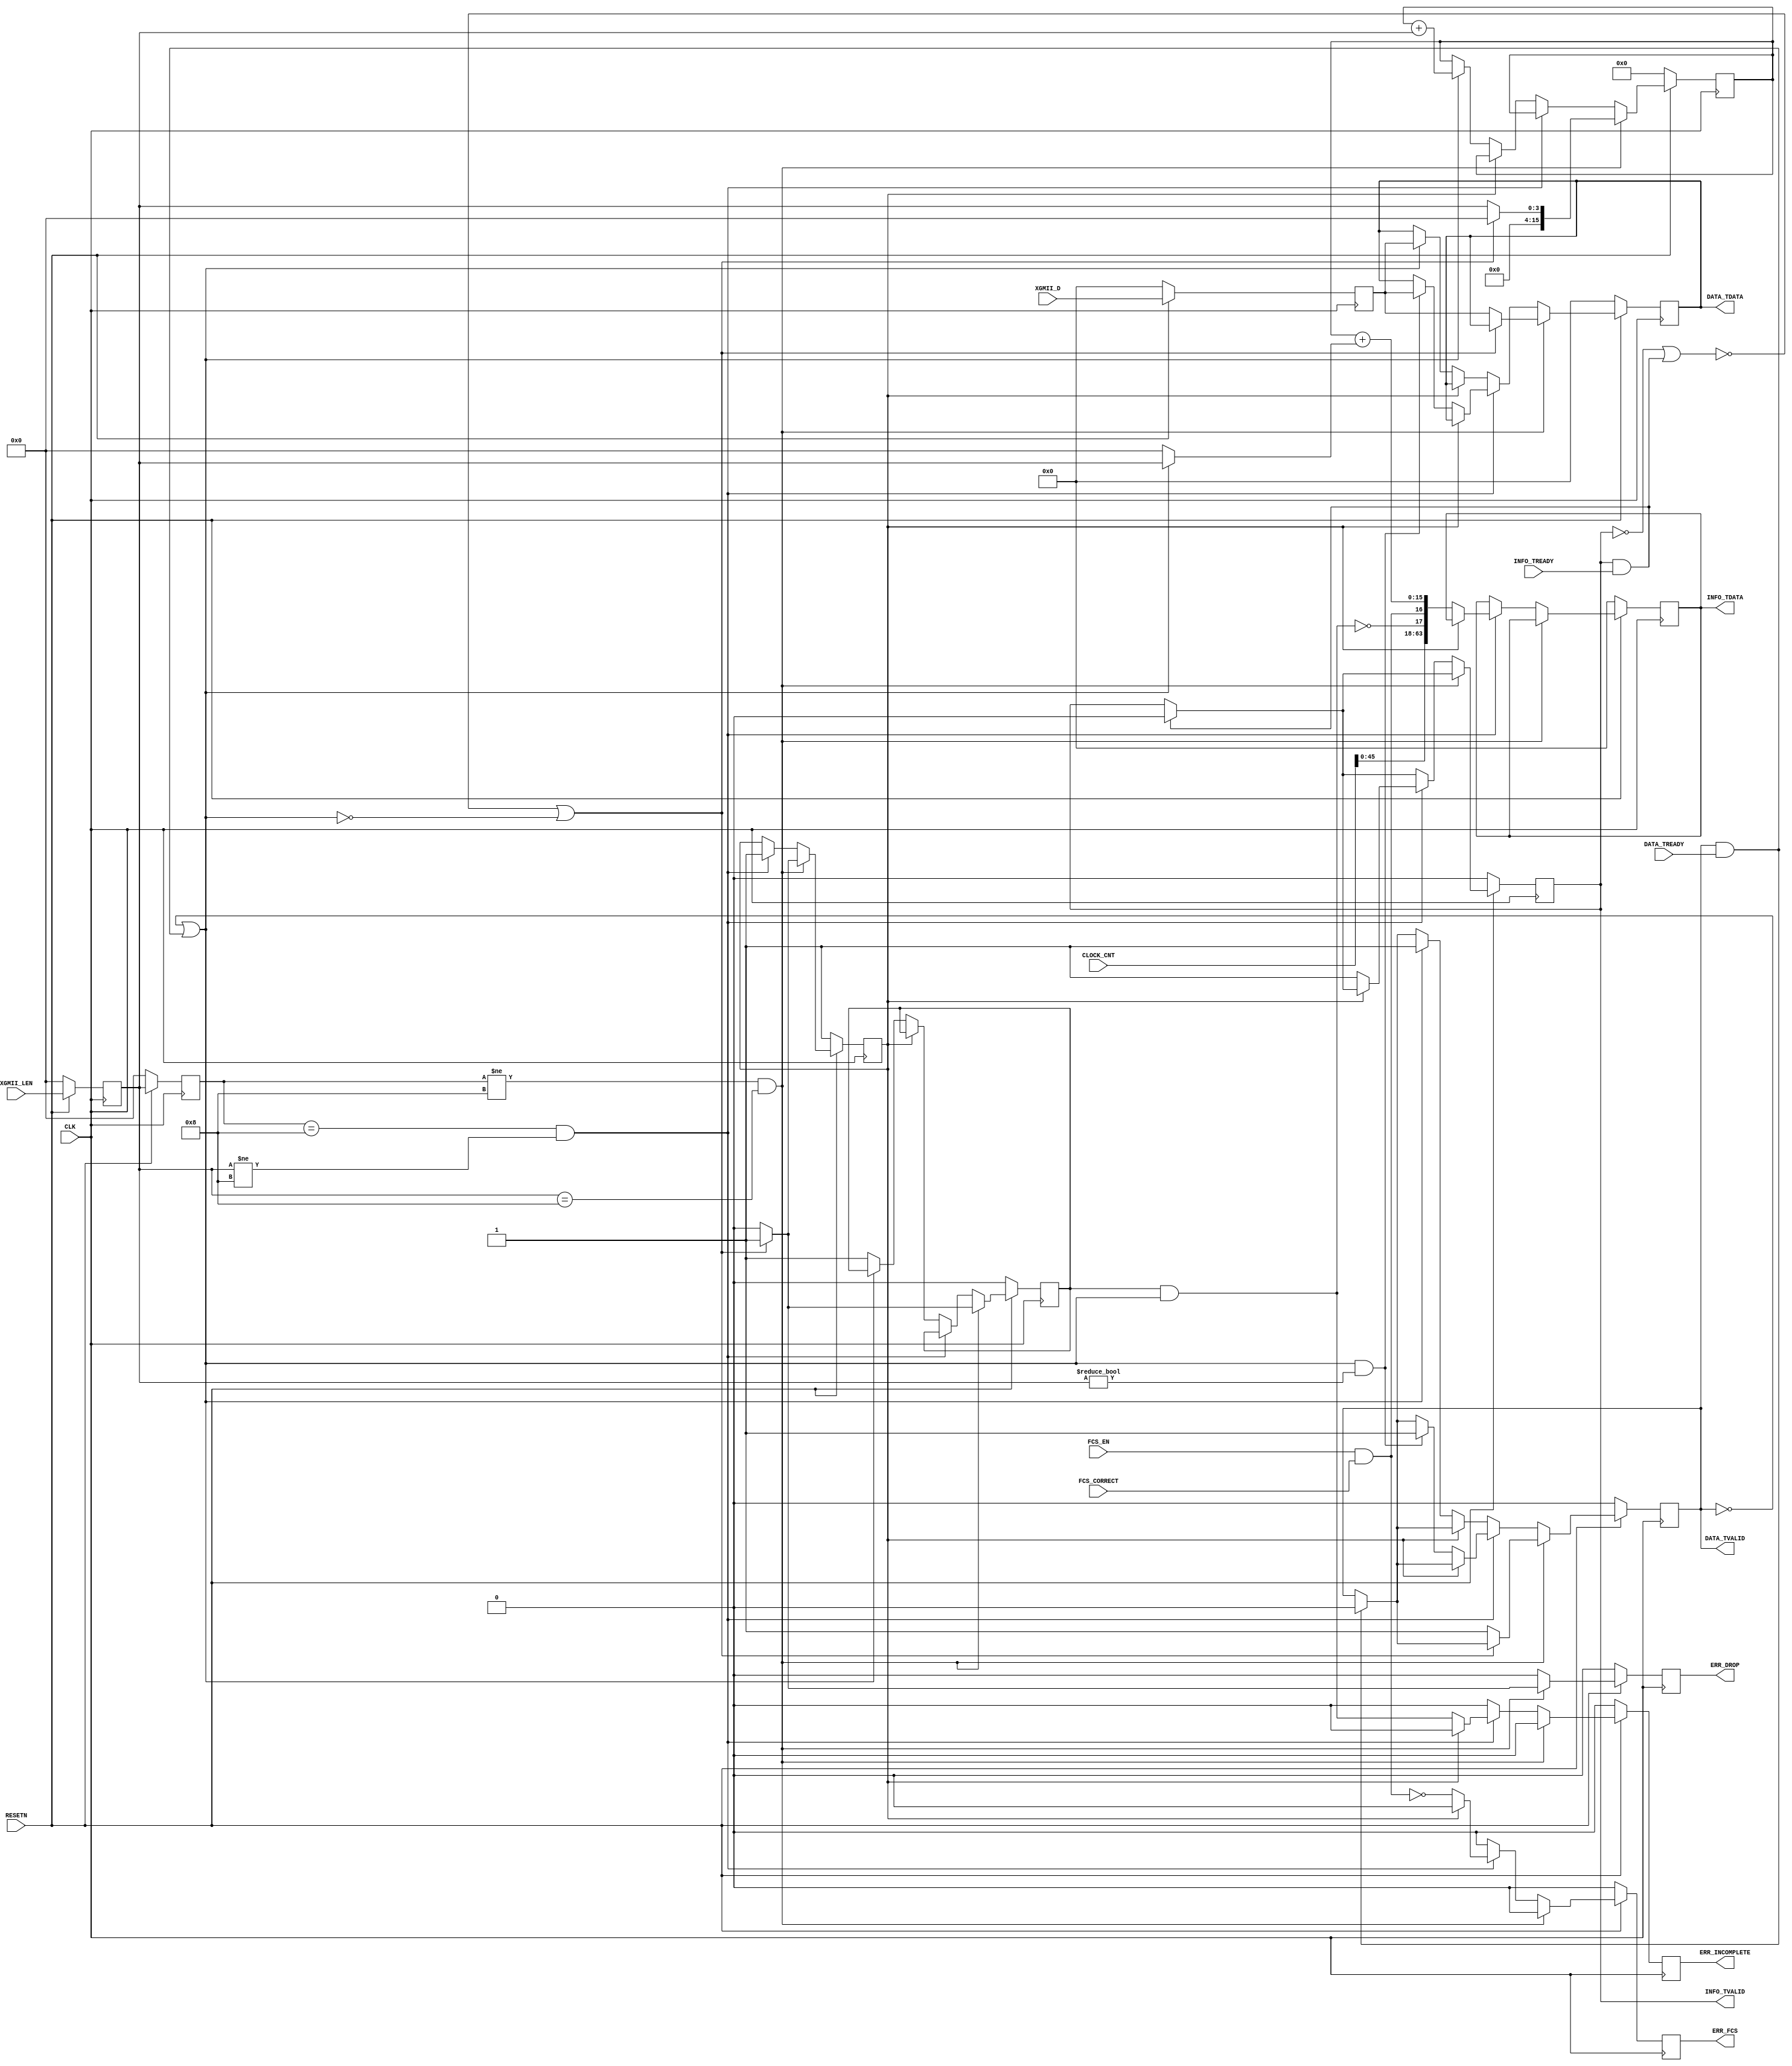

// Copyright (C) Akira Higuchi  ( https://github.com/ahiguti )
// Copyright (C) DeNA Co.,Ltd. ( https://dena.com )
// All rights reserved.
// See COPYRIGHT.txt for details

module get_packet_info(
  CLK, RESETN, XGMII_D, XGMII_LEN, FCS_EN, FCS_CORRECT, CLOCK_CNT,
  DATA_TDATA, DATA_TVALID, DATA_TREADY, INFO_TDATA, INFO_TVALID, INFO_TREADY,
  ERR_DROP, ERR_INCOMPLETE, ERR_FCS);
input CLK;
input RESETN;
(* mark_debug = "true" *) input [63:0] XGMII_D;
(* mark_debug = "true" *) input [3:0] XGMII_LEN;
(* mark_debug = "true" *) input FCS_EN;
(* mark_debug = "true" *) input FCS_CORRECT;
(* mark_debug = "true" *) input [63:0] CLOCK_CNT;
(* mark_debug = "true" *) output [63:0] DATA_TDATA;
(* mark_debug = "true" *) output DATA_TVALID;
(* mark_debug = "true" *) input DATA_TREADY;
(* mark_debug = "true" *) output [63:0] INFO_TDATA;
(* mark_debug = "true" *) output INFO_TVALID;
(* mark_debug = "true" *) input INFO_TREADY;
(* mark_debug = "true" *) output ERR_DROP;
(* mark_debug = "true" *) output ERR_INCOMPLETE;
(* mark_debug = "true" *) output ERR_FCS;

reg [63:0] xgmii_d_r;
reg [3:0] xgmii_len_r;
reg [3:0] xgmii_len_rr;
reg packet_drop;       // INFO
reg [15:0] packet_len; // DATA
reg packet_incomplete; // DATA
reg data_tvalid;
reg [63:0] data_tdata;
reg info_tvalid;
reg [63:0] info_tdata;
reg err_drop;
reg err_incomplete;
reg err_fcs;

wire is_packet_head = xgmii_len_rr != 8 && xgmii_len_r == 8;
wire is_packet_tail = xgmii_len_rr == 8 && xgmii_len_r != 8;
wire fcs_correct = FCS_EN && FCS_CORRECT;
wire data_out_ready = (!data_tvalid) || (DATA_TVALID && DATA_TREADY);
wire info_out_ready = (!info_tvalid) || (INFO_TVALID && INFO_TREADY);
wire [15:0] packet_len_next = packet_len + (data_out_ready ? xgmii_len_r : 0);
wire packet_incomplete_next = packet_incomplete && data_out_ready;

assign DATA_TDATA = data_tdata;
assign DATA_TVALID = data_tvalid;
assign INFO_TDATA = { CLOCK_CNT[39:0], 6'b0, info_tdata };
assign INFO_TVALID = info_tvalid;
assign ERR_DROP = err_drop;
assign ERR_INCOMPLETE = err_incomplete;
assign ERR_FCS = err_fcs;

always @(posedge CLK) begin
  err_drop <= 0;
  err_incomplete <= 0;
  err_fcs <= 0;
  if (!RESETN) begin
    xgmii_d_r <= 0;
    xgmii_len_r <= 0;
    xgmii_len_rr <= 0;
    packet_drop <= 1;
    packet_len <= 0;
    packet_incomplete <= 0;
    data_tvalid <= 0;
    data_tdata <= 0;
    info_tvalid <= 0;
    info_tdata <= 0;
  end else begin
    xgmii_d_r <= XGMII_D;
    xgmii_len_r <= XGMII_LEN;
    xgmii_len_rr <= xgmii_len_r;
    if (DATA_TVALID && DATA_TREADY) begin
      data_tvalid <= 0;
    end
    if (INFO_TVALID && INFO_TREADY) begin
      info_tvalid <= 0;
    end
    if (is_packet_head) begin
      if (!info_out_ready || !data_out_ready) begin
        err_drop <= 1;
        packet_drop <= 1;
        packet_len <= 0;
        packet_incomplete <= 1;
      end else begin
        packet_drop <= 0;
        packet_len <= xgmii_len_r;
        packet_incomplete <= 0;
        data_tvalid <= 1;
        data_tdata <= xgmii_d_r;
      end
    end else if (is_packet_tail) begin
      if (!packet_drop) begin
        // assert(info_out_ready);
        info_tvalid <= 1;
        info_tdata <= { CLOCK_CNT[45:0], !packet_incomplete_next, fcs_correct, packet_len_next[15:0] };
        err_incomplete <= packet_incomplete_next;
        err_fcs <= !fcs_correct;
        if (data_out_ready && xgmii_len_r != 0) begin
          data_tvalid <= 1;
          data_tdata <= xgmii_d_r;
        end
      end
      packet_drop <= 1;
    end else if (!packet_drop) begin
      if (data_out_ready) begin
        packet_len <= packet_len + xgmii_len_r;
        data_tvalid <= 1;
        data_tdata <= xgmii_d_r;
      end else begin
        packet_incomplete <= 1;
      end
    end
  end
end
endmodule